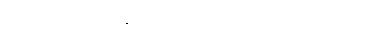
မဟုတ်လည်း နင်တို့က ချိန်းတွေ့ကြမှာပဲဥစ္စာ။